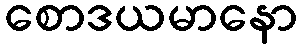
စောဒယမာနော